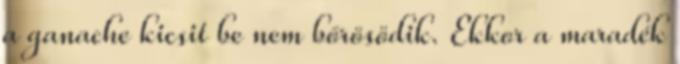
a ganache kicsit be nem bőrösödik. Ekkor a maradék